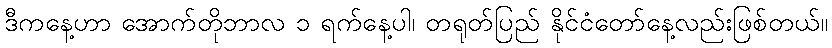
ဒီကနေ့ဟာ အောက်တိုဘာလ ၁ ရက်နေ့ပါ၊ တရုတ်ပြည် နိုင်ငံတော်နေ့လည်းဖြစ်တယ်။